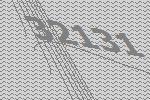
32131